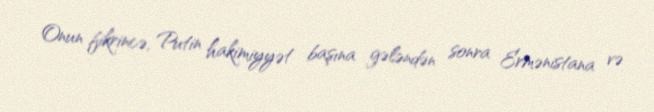
Onun fikrincə, Putin hakimiyyət başına gələndən sonra Ermənistana və